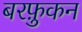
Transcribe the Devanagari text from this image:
बरफ़ुकन